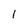
Character: 1